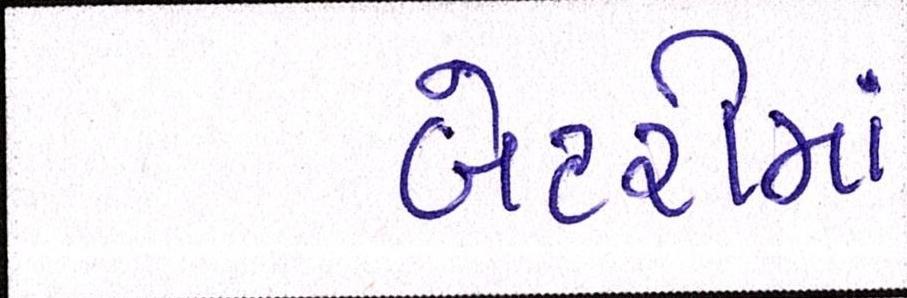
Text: બેટરીમાં